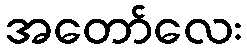
အတော်လေး